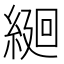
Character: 𦂆